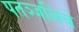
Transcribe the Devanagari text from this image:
पतञ्जलिंचे